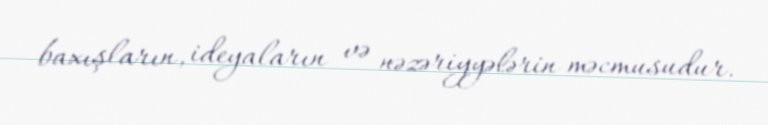
baxışların, ideyaların və nəzəriyyələrin məcmusudur.